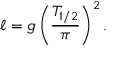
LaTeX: \ell = g \left( { \frac { T _ { 1 / 2 } } { \pi } } \right) ^ { 2 } .